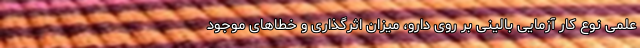
علمی نوع کار آزمایی بالینی بر روی دارو، میزان اثرگذاری و خطاهای موجود